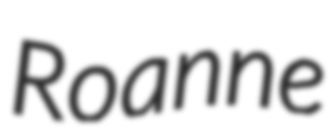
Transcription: Roanne